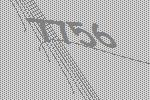
7756